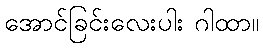
အောင်ခြင်းလေးပါး ဂါထာ။